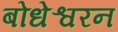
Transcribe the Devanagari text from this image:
बोधेश्वरन